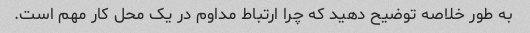
به طور خلاصه توضیح دهید که چرا ارتباط مداوم در یک محل کار مهم است.